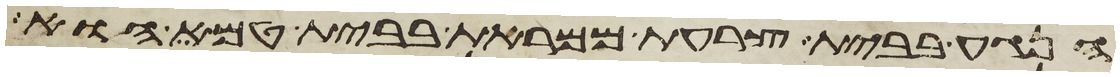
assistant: הנגע בבית צרעת ממראת בבית טמא הוא